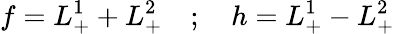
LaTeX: f=L_{+}^{1}+L_{+}^{2}\quad;\quad h=L_{+}^{1}-L_{+}^{2}